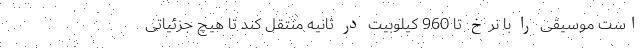
است موسیقی را با نرخ تا 960 کیلوبیت در ثانیه منتقل کند تا هیچ جزئیاتی